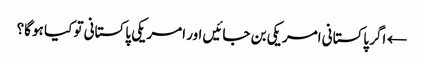
← اگر پاکستانی امریکی بن جائیں اور امریکی پاکستانی تو کیا ہو گا؟